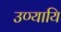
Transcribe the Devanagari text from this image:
उण्यायि